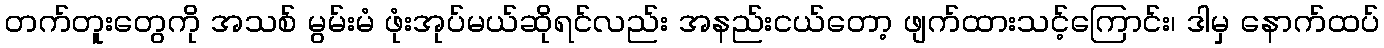
တက်တူးတွေကို အသစ် မွမ်းမံ ဖုံးအုပ်မယ်ဆိုရင်လည်း အနည်းငယ်တော့ ဖျက်ထားသင့်ကြောင်း၊ ဒါမှ နောက်ထပ်